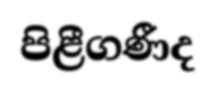
පිළීගණීද